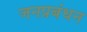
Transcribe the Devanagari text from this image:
जनप्रबंधन